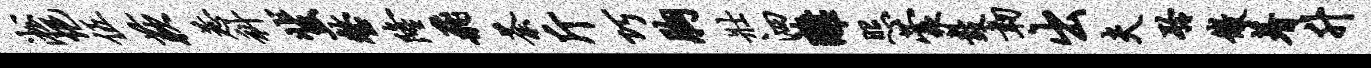
淞悒伍蔌惹科蜚整隆飞荼斤巧胸壮泗离照蒙鼓韧出夫聆微着升